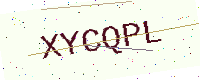
Text: XYCQPL